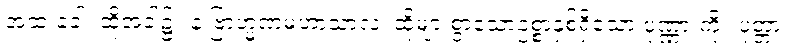
အထ ခေါ၊ ထိုအခါ၌။ နံ ဗြာဟ္မဏမဟာသာလံ၊ ထိုများစွာသောဥစ္စာနှစ်ရှိသော ပုဏ္ဏားကို။ ပုတ္တာ၊